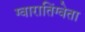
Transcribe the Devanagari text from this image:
ग्वारातिंग्वेता